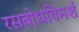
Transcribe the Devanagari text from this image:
रसबोधविमर्श